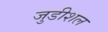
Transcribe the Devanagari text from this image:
जुडीशल